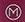
m